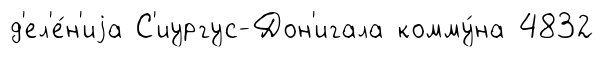
д'ел'е́н'иjа С'иургус-Дон'игала комму́на 4832